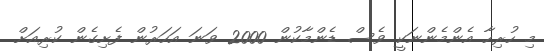
މި ހުރިހާ އެންމެންނަކީ ވެސް ޑެންމާކުން 2000 ވަނަ އަހަރުން ފެށިގެން ކުރިއަށް